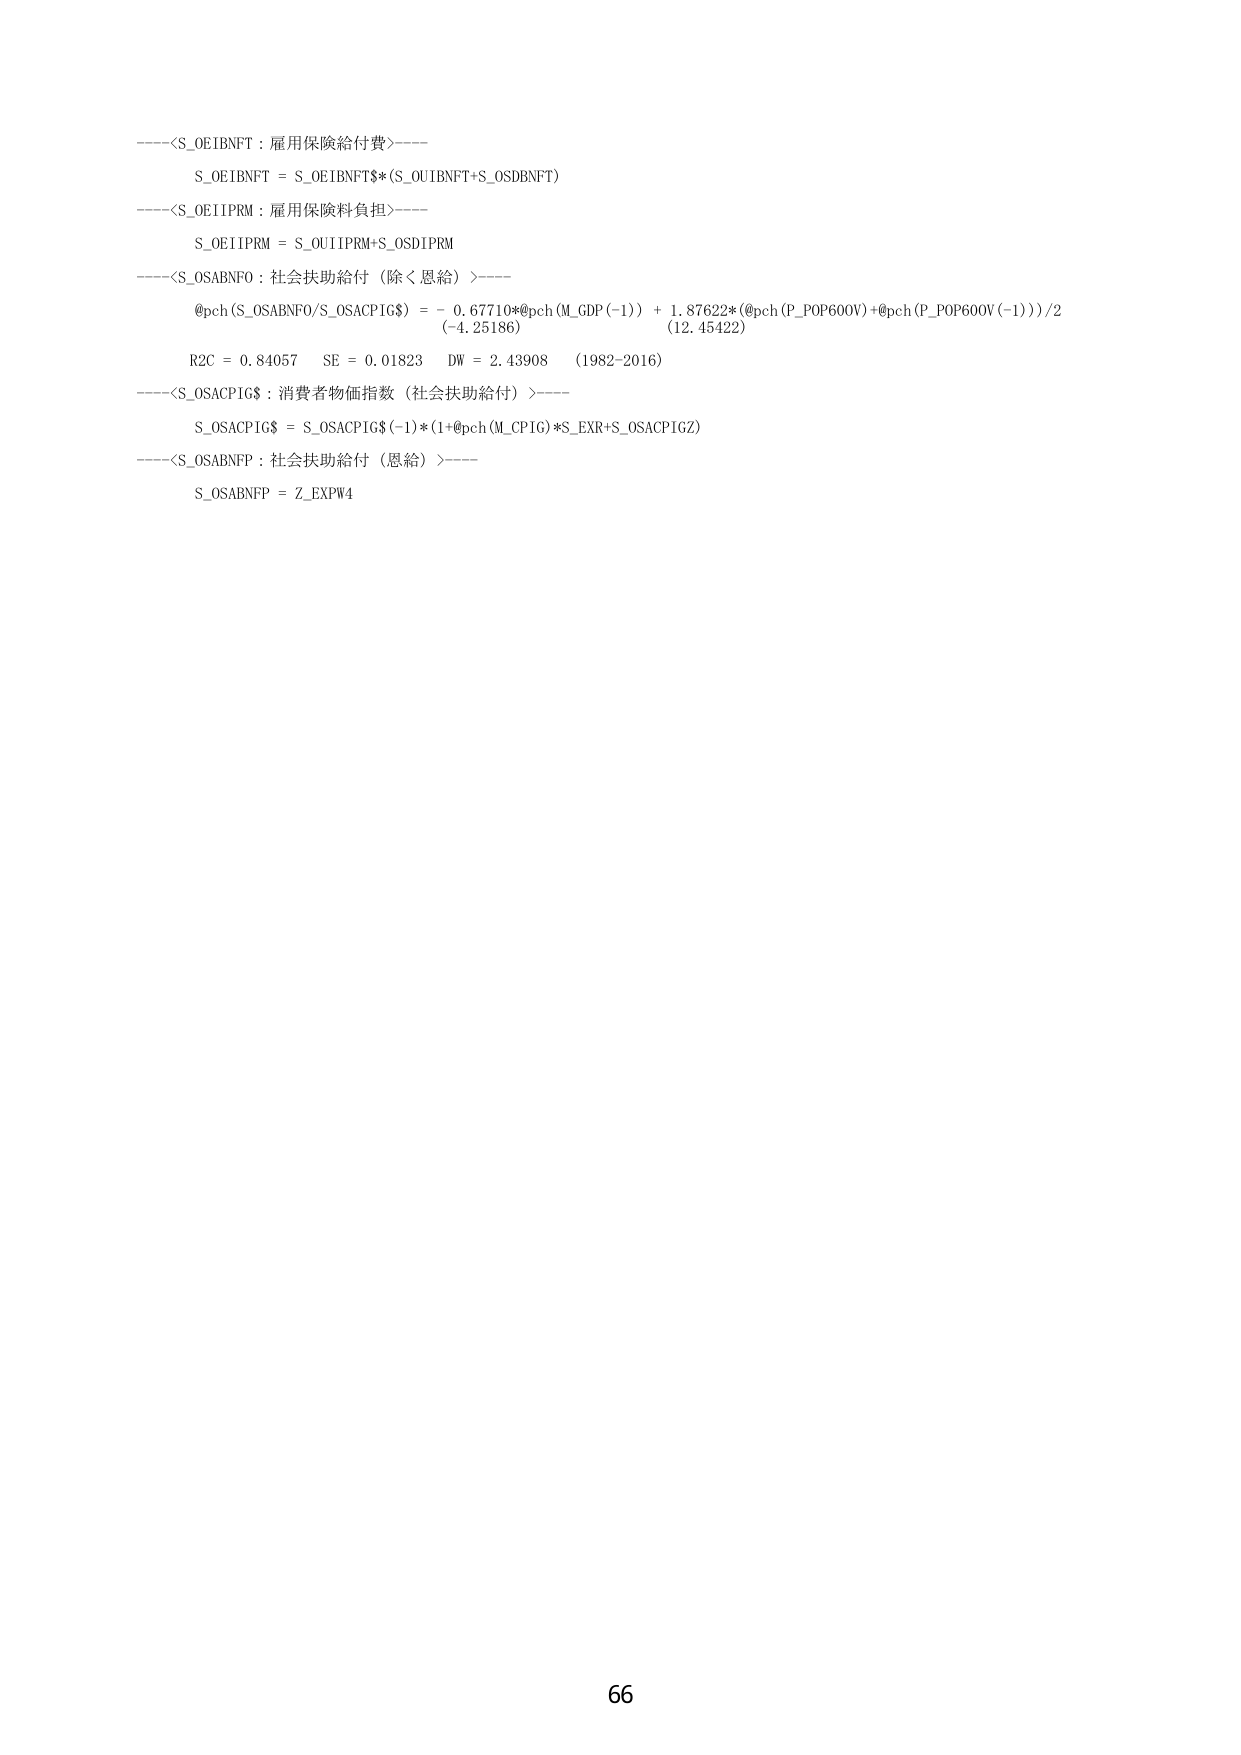
-----<S_OEIBNFT：雇用保険給付費>-----
S_OEIBNFT = S_OEIBNFT$(S_OUIBNFT+S_OSDBNFT)
-----<S_OEIIPRM：雇用保険料負担>-----
S_OEIIPRM = S_OUIIPRM+S_OSDIPRM
-----<S_OSABNFO：社会扶助給付（除く恩給）>-----
@pch(S_OSABNFO/S_OSACPIG$) = - 0.67710*@pch(M_GDP(-1)) + 1.87622*(@pch(P_POP600V)+@pch(P_POP600V(-1)))/2
(-4.25186) (12.45422)
R2C = 0.84057 SE = 0.01823 DW = 2.43908 (1982-2016)
-----<S_OSACPIG$：消費者物価指数（社会扶助給付）>-----
S_OSACPIG$ = S_OSACPIG$(-1)*(1+@pch(M_CPIG)*S_EXR+S_OSACPIGZ)
-----<S_OSABNFP：社会扶助給付（恩給）>-----
S_OSABNFP = Z_EXPW4
66